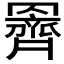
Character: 𮊞